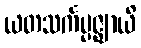
ယတသင်္ကပ္ပဇ္ဈာယိ